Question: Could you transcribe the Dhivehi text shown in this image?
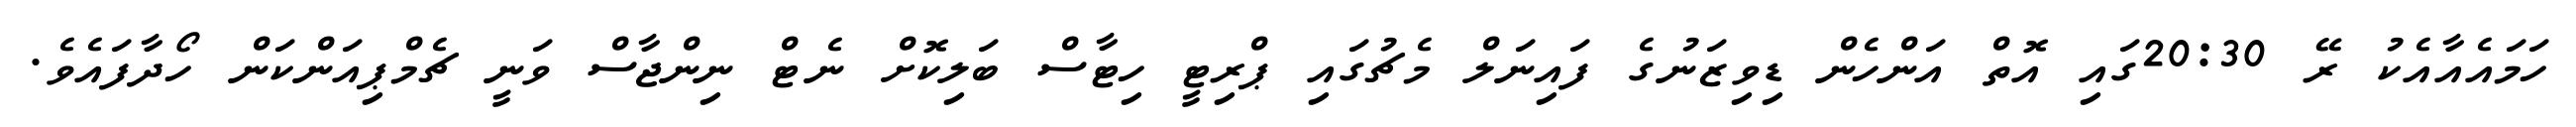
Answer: ހަމައެއާއެކު ރޭ 20:30ގައި އޮތް އަންހެން ޑިވިޒަނުގެ ފައިނަލް މެޗުގައި ޕްރިޓީ ހިޓާސް ބަލިކޮށް ނެޓް ނިންޖާސް ވަނީ ޗެމްޕިއަންކަން ހޯދާފައެވެ.